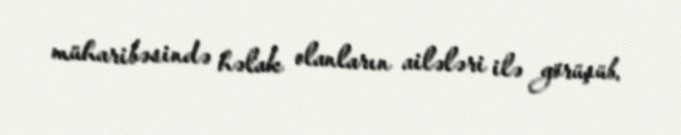
müharibəsində həlak olanların ailələri ilə görüşüb.